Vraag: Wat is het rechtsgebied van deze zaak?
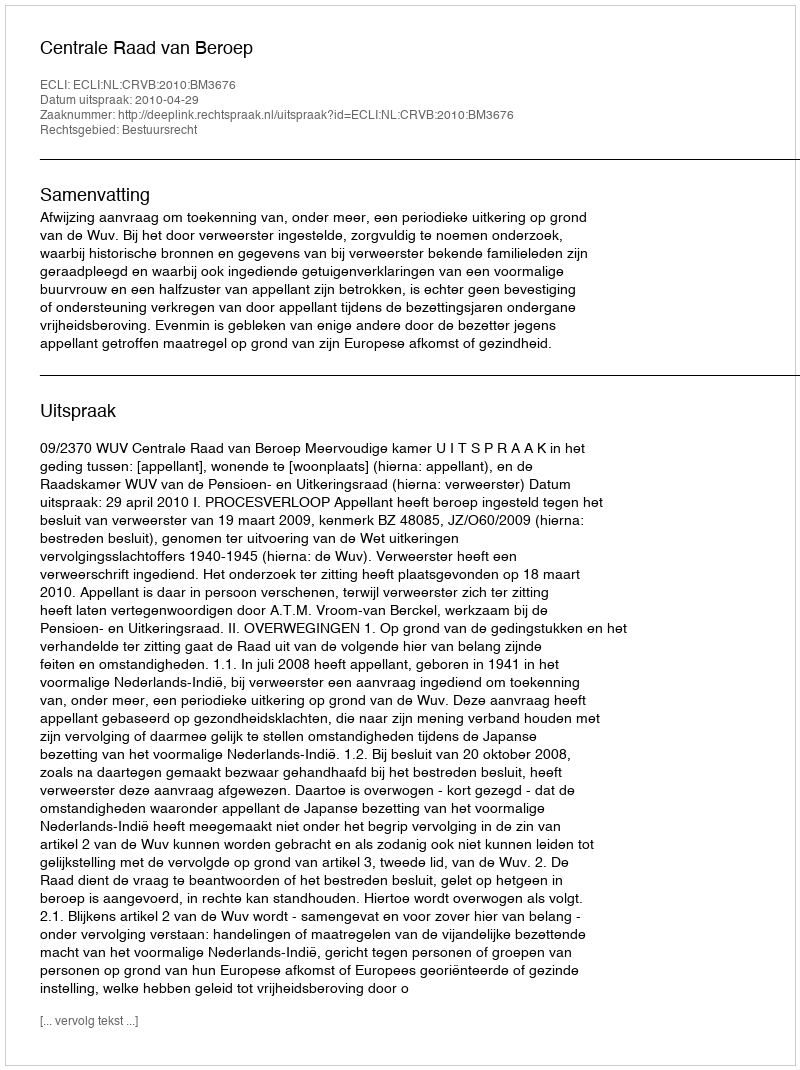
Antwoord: Bestuursrecht